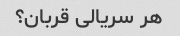
هر سریالی قربان؟